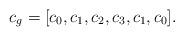
LaTeX: \begin{align*}c_g=[ c_0, c_1, c_2, c_3, c_1, c_0].\end{align*}